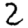
Digit: 2